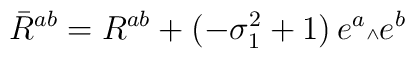
\bar R^{ab} = R^{ab} + (-\sigma_1^2+1)\, e^a \mbox{\tiny $\wedge$} e^b